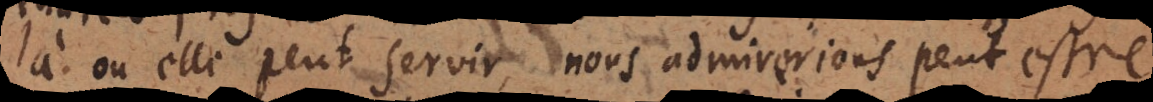
là où elle peut servir, nous admirerions peut estre